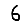
Digit: 6